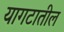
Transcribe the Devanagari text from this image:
यागटातील